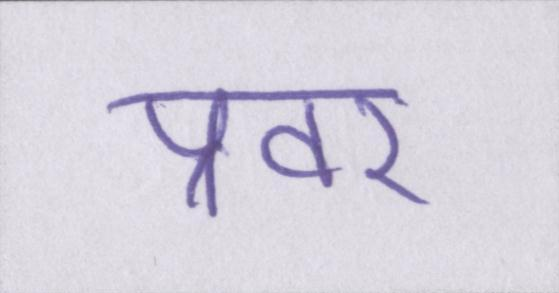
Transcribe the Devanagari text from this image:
प्रवर